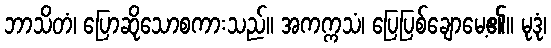
ဘာသိတံ၊ ပြောဆိုသောစကားသည်။ အကက္ကသံ၊ ပြေပြစ်ချောမေ့၏။ မုဒုံ၊